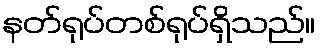
နတ်ရုပ်တစ်ရုပ်ရှိသည်။